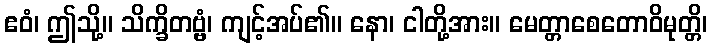
ဧဝံ၊ ဤသို့။ သိက္ခိတဗ္ဗံ၊ ကျင့်အပ်၏။ နော၊ ငါတို့အား။ မေတ္တာစေတောဝိမုတ္တိ၊